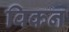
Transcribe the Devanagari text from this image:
विकन